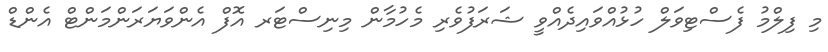
މި ފިލްމު ފެސްޓިވަލް ހުޅުއްވައިދެއްވީ ޝަރަފުވެރި މެހުމާން މިނިސްޓަރ އޮފް އެންވަޔަރަންމަންޓް އެންޑް